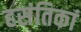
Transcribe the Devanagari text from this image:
हसंतिकां